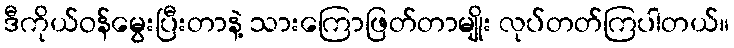
ဒီကိုယ်ဝန်မွေးပြီးတာနဲ့ သားကြောဖြတ်တာမျိုး လုပ်တတ်ကြပါတယ်။